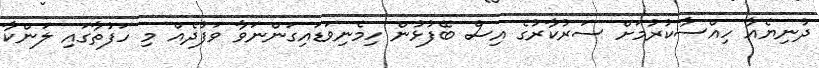
ދުނިޔެއާ ހިއްސާކުރުމަށް ސަރުކާރުގެ އިސް ބޭފުޅުން ހިމެނިވަޑައިގަންނަވާ ވަފުދެއް މި ހަފުތާގައި ލަންކާ